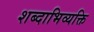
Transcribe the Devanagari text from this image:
शब्दाभिव्यक्ति